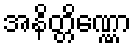
အနိတ္တိဏ္ဏော